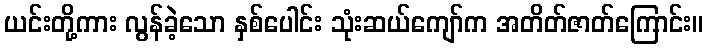
ယင်းတို့ကား လွန်ခဲ့သော နှစ်ပေါင်း သုံးဆယ်ကျော်က အတိတ်ဇာတ်ကြောင်း။